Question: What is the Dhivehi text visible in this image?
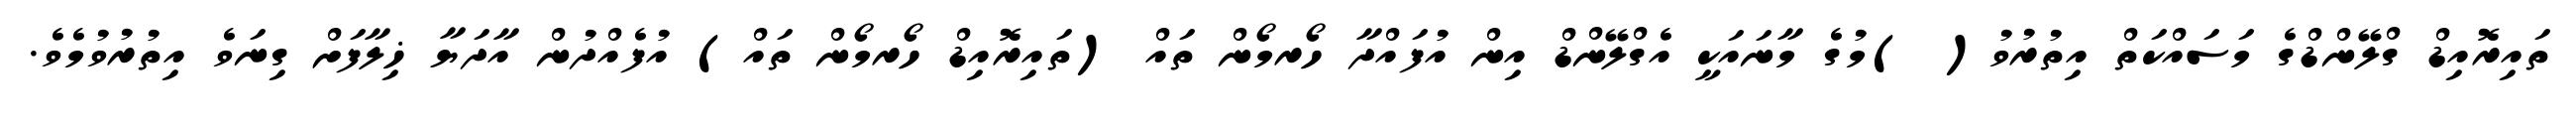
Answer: ތައިރޮއިޑް ގްލޭންޑްގެ މަސައްކަތް އިތުރުވު( )މުގެ މާނައަކީ އެގްލޭންޑް އިން އުފައްދާ ހޯރމޯން ތައް (ތައިރޮއިޑް ހޯރމޯން ތައް) އުފެއްދުން އާދަޔާ ޚިލާފަށް ގިނަވެ އިތުރުވުމެވެ.